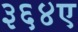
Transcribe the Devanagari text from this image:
३६४ए